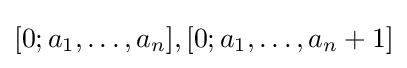
[0;a_{1},\dots ,a_{n}],[0;a_{1},\dots ,a_{n}+1]